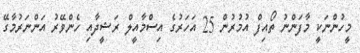
މީހުންނަކީ މާފަންނު ތޯއިފް އުމުރުން 25 އަހަރުގެ އިސްމާއީލް ރަޝީދާއި ހެންވޭރު އަންނަރުމާގޭ